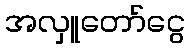
အလှူတော်ငွေ